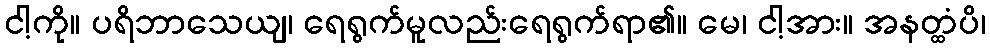
ငါ့ကို။ ပရိဘာသေယျ၊ ရေရွက်မူလည်းရေရွက်ရာ၏။ မေ၊ ငါ့အား။ အနတ္ထံပိ၊